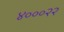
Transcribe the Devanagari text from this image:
४०००२२